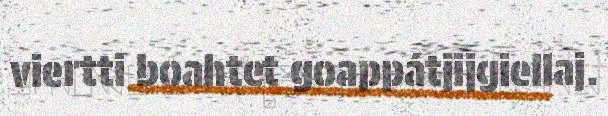
viertti boahtet goappátjijgiellaj.